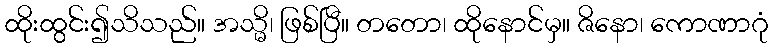
ထိုးထွင်း၍သိသည်။ အသ္မိ၊ ဖြစ်ပြီ။ တတော၊ ထိုနောင်မှ။ ဇိနော၊ ကောဏာဂုံ